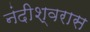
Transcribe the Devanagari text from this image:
नंदीश्वरास